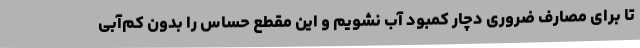
تا برای مصارف ضروری دچار کمبود آب نشویم و این مقطع حساس را بدون کم‌آبی